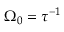
\Omega _ { 0 } = \tau ^ { - 1 }